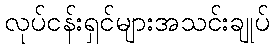
လုပ်ငန်းရှင်များအသင်းချုပ်